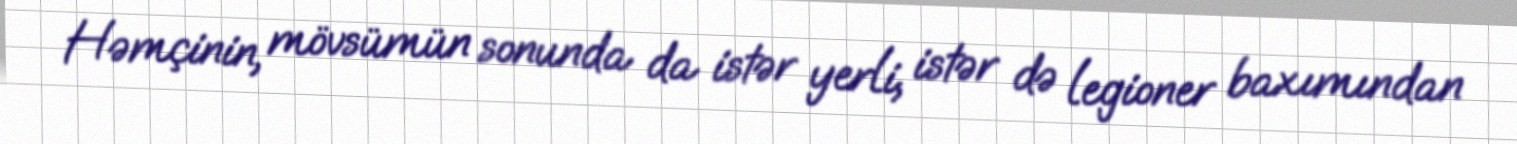
Həmçinin, mövsümün sonunda da istər yerli, istər də legioner baxımından